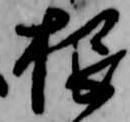
根